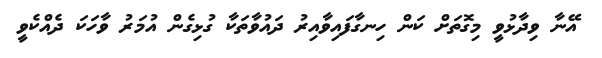
އޭނާ ވިދާޅުވީ މިގޮތަށް ކަން ހިނގާފައިވާއިރު ދައުވާތަކާ ގުޅިގެން އުމަރު ވާހަކަ ދެއްކެވީ